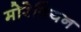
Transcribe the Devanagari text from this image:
मोरेवियन